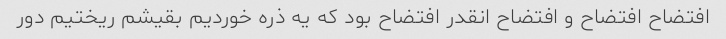
افتضاح افتضاح و افتضاح انقدر افتضاح بود که یه ذره خوردیم بقیشم ریختیم دور